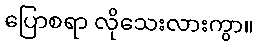
ပြောစရာ လိုသေးလားကွာ။